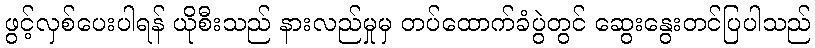
ဖွင့်လှစ်ပေးပါရန် ယိုစီးသည် နားလည်မှုမှ တပ်ထောက်ခံပွဲတွင် ဆွေးနွေးတင်ပြပါသည်